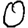
Digit: 0